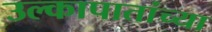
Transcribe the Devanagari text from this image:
उल्कापातांच्या